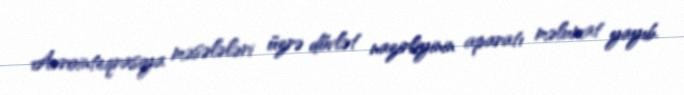
Avrointeqrasiya məsələləri üzrə dövlət nazirliyinin aparatı məlumat yayıb.